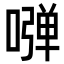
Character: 𠽂